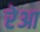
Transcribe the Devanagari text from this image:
रेआ